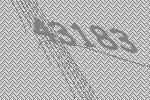
43183